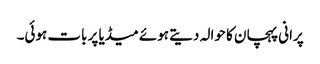
پرانی پہچان کا حوالہ دیتے ہوئے میڈیا پر بات ہوئی۔